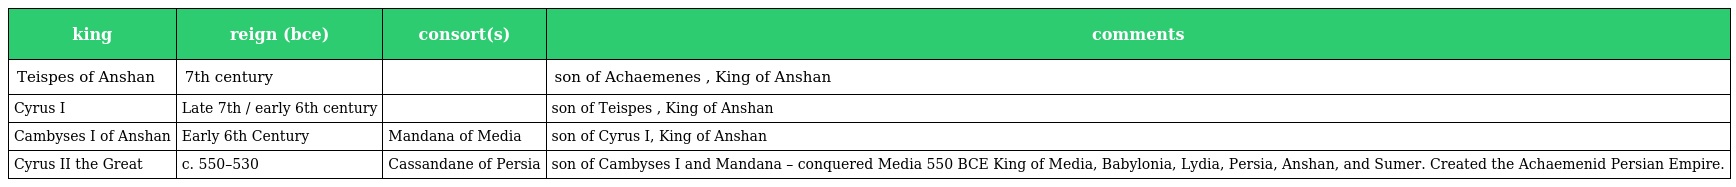
| king | reign (bce) | consort(s) | comments |
 | --- | --- | --- | --- |
 | Teispes of Anshan | 7th century |  | son of Achaemenes , King of Anshan |
 | Cyrus I | Late 7th / early 6th century |  | son of Teispes , King of Anshan |
 | Cambyses I of Anshan | Early 6th Century | Mandana of Media | son of Cyrus I, King of Anshan |
 | Cyrus II the Great | c. 550–530 | Cassandane of Persia | son of Cambyses I and Mandana – conquered Media 550 BCE King of Media, Babylonia, Lydia, Persia, Anshan, and Sumer. Created the Achaemenid Persian Empire. |